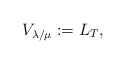
\begin{align*}V_{\lambda/\mu}:=L_T,\end{align*}